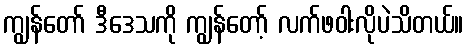
ကျွန်တော် ဒီဒေသကို ကျွန်တော့် လက်ဖဝါးလိုပဲသိတယ်။